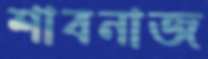
শাবনাজ